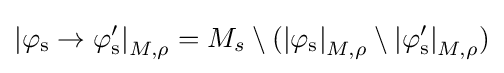
\mathrm {\left\vert \varphi _{s}\to \varphi '_{s}\right\vert } _{M,\rho }=M_{s}\setminus (\mathrm {\left\vert \varphi _{s}\right\vert } _{M,\rho }\setminus \mathrm {\left\vert \varphi '_{s}\right\vert } _{M,\rho })